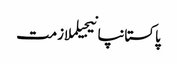
پاکستانپانیجیلملازمت